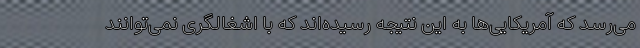
می‌رسد که آمریکایی‌ها به این نتیجه رسیده‌اند که با اشغالگری نمی‌توانند